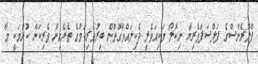
ފްލޮރެންސްގެ ފަލްސަފާވެރިޔާ ނިކޮލޯ މަކިއަވެލީ ދެކިލައްވާގޮތުން ބިރުވެރިކަމުގެ ތެރެއިން ވެރިކަން ކުރުމަކީ މާ